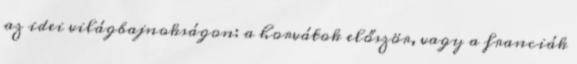
az idei világbajnokságon: a horvátok először, vagy a franciák